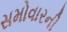
સમોવારની